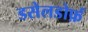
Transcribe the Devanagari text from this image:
डसेलडोर्फ़